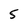
Character: 5